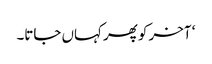
‘ آخر کو پھر کہاں جاتا۔